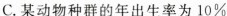
C.某动物种群的年出生率为10%